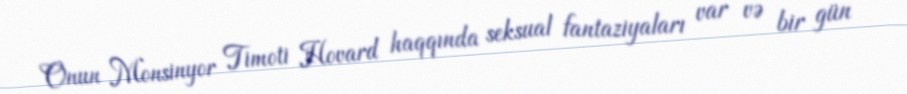
Onun Monsinyor Timoti Hovard haqqında seksual fantaziyaları var və bir gün